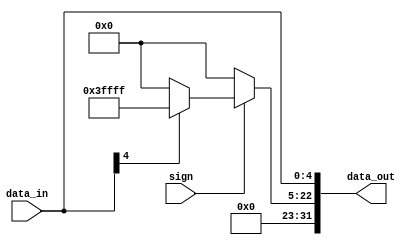
`timescale 1ns / 1ps
//////////////////////////////////////////////////////////////////////////////////
// Company: 
// Engineer: 
// 
// Design Name: 
// Module Name: EXT5
// Project Name: 
// Target Devices: 
// Tool Versions: 
// Description: 
// 
// Dependencies: 
// 
// Revision:
// Revision 0.01 - File Created
// Additional Comments:
// 
//////////////////////////////////////////////////////////////////////////////////


module EXT5(
input sign,
input [4:0] data_in,
output [31:0] data_out
    );
    
    wire [17:0] high0=18'b000000000000000000;
    wire [17:0] high1=18'b111111111111111111;
       
    assign data_out[31:5]=sign?(data_in[4]?high1:high0):high0;
    assign data_out[4:0]=data_in;

endmodule